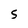
Character: 5